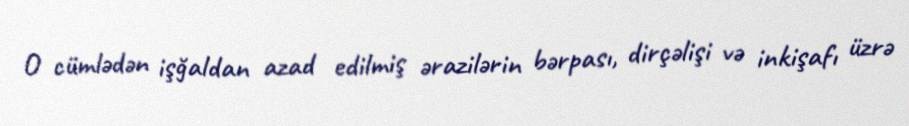
O cümlədən işğaldan azad edilmiş ərazilərin bərpası, dirçəlişi və inkişafı üzrə